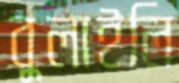
বুলাইলি